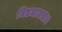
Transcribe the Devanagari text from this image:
विद्यमानता।